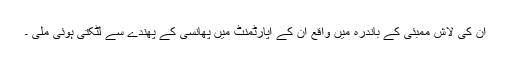
ان کی لاش ممبئی کے باندرہ میں واقع ان کے اپارٹمنٹ میں پھانسی کے پھندے سے لٹکتی ہوئی ملی ۔